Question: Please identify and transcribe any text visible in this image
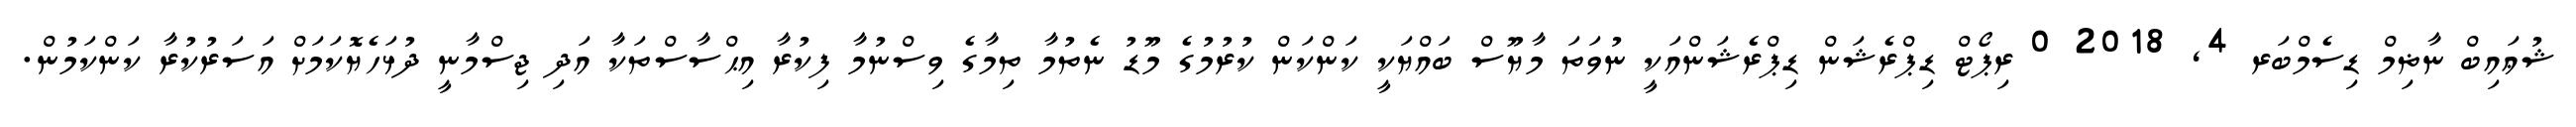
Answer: ޝުޢައިބް ނާޡިމް ޑިސެމްބަރ 4, 2018 0 ރިޕޯޓް ޑިޕްރެޝަން ޑިޕްރެޝަންއަކީ ނުވަތަ މާޔޫސް ބައްޔަކީ ކަންކަން ކުރުމުގެ މޫޑު ނެތުމާ ތިމާގެ ވިސްނުމާ ފިކުރާ އިޙްސާސްތަކާ އަދި ޖިސްމާނީ ދުޅަހެޔޮކަމަށް އަސަރުކުރާ ކަންކަމުން.